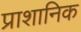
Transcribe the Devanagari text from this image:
प्राशानिक